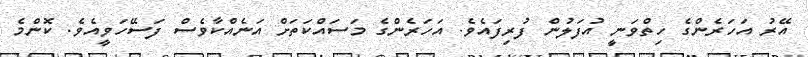
އޭރު އަހަރެންގެ ހިތްވަނީ އުފަލުން ފުރިފައެވެ. އަހަރެންގެ މަސައްކަތަށް އަނެއްކާވެސް ފަސޭހަވީއެވެ. ކޮންމެ